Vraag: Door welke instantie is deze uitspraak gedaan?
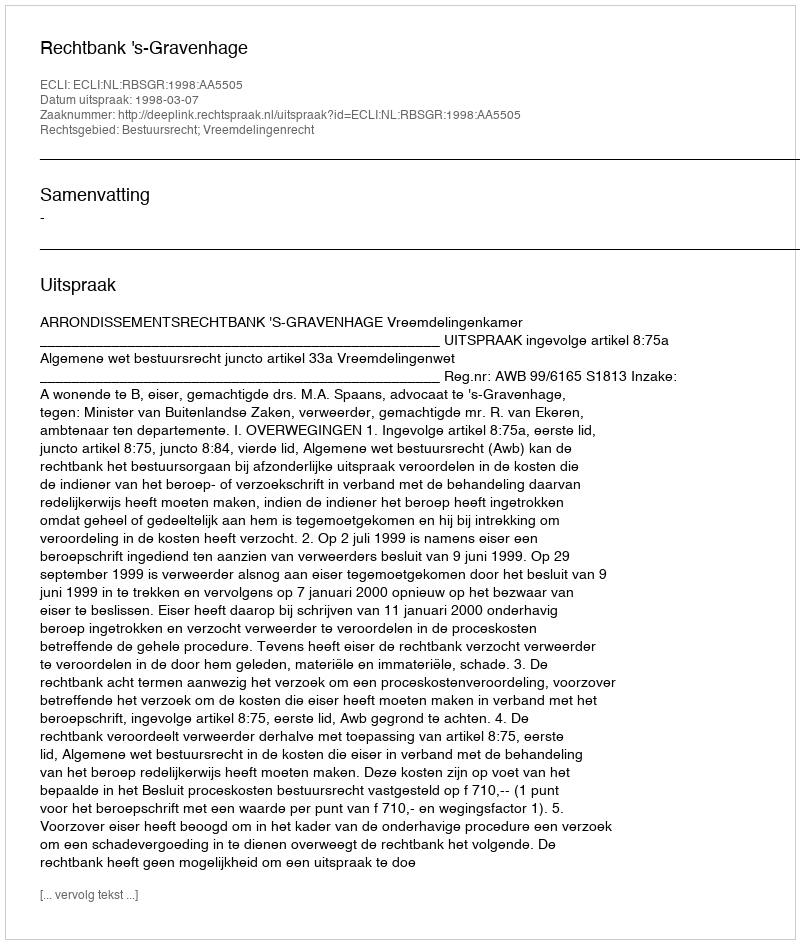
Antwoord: Rechtbank 's-Gravenhage